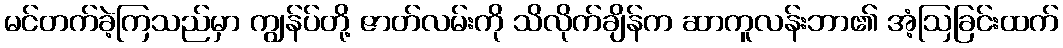
မင်တက်ခဲ့ကြသည်မှာ ကျွန်ပ်တို့ ဇာတ်လမ်းကို သိလိုက်ချိန်က ဆာကူလန်းဘာ၏ အံ့ဩခြင်းထက်